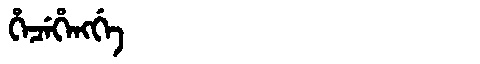
Manchu: ᡥᡝᠴᡝᡥᡝᠩᡤᡝ
Romanization: HECEHENGGE